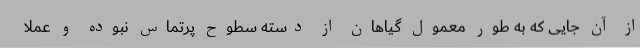
از آن جایی که به طور معمول گیاهان از دسته سطوح پرتماس نبوده و عملا